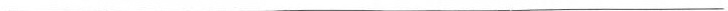
___